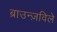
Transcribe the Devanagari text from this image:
ब्राउन्ज़विले